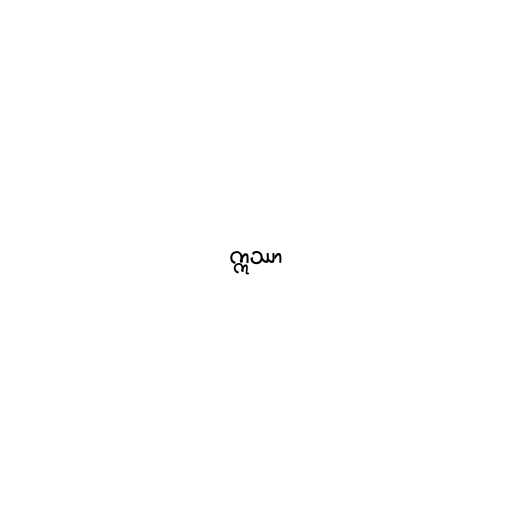
ဣဿာ